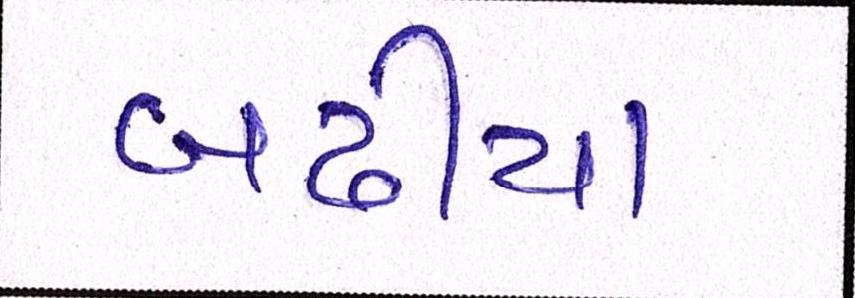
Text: બઢીયા